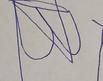
Signature authenticity: forged